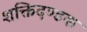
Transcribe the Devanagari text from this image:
शक्तिदण्डक